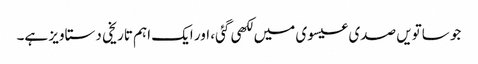
جو ساتویں صدی عیسوی میں لکھی گئی، اور ایک اہم تاریخی دستاویز ہے۔